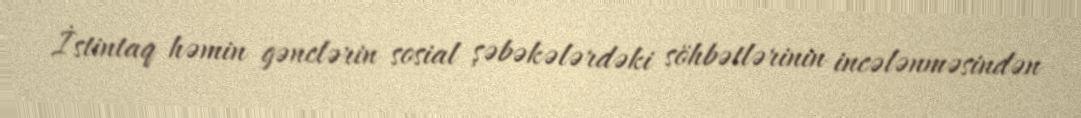
İstintaq həmin gənclərin sosial şəbəkələrdəki söhbətlərinin incələnməsindən